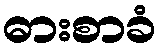
ဓားစာခံ